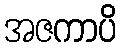
အဇကာပိ